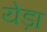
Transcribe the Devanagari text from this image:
येड़ा